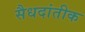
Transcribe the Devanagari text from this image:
सैधदांतीक